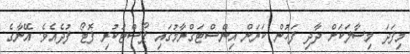
މިފަދަ މިސާލަކަށް ދާދި ފަހުން ކަރަން އިންސްޓަގްރާމުގައި ޕޯސްޓުކުރި ފޮޓޯ ފުދެއެވެ. އޭނާގެ